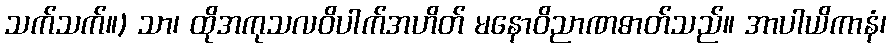
သက်သက်။) သာ၊ ထိုအကုသလဝိပါက်အဟိတ် မနောဝိညာဏဓာတ်သည်။ အာပါယိကာနံ၊